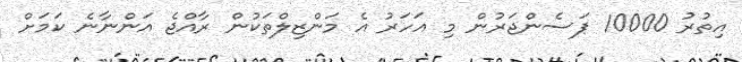
އިތުރު 10000 ޕަސެންޖަރުން މި އަހަރު އެ މަންޒިލްތަކުން ރާއްޖެ އަންނާނެ ކަމަށް